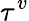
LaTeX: \tau^{v}